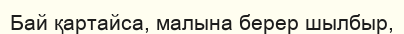
Бай қартайса, малына берер шылбыр,